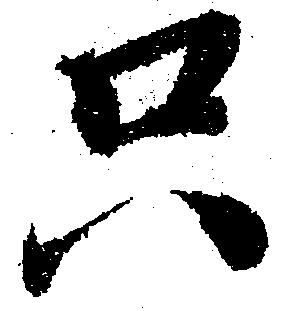
只